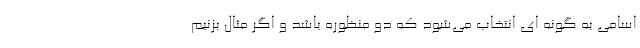
اسامی به گونه ای انتخاب می‌شود که دو منظوره باشد و اگر مثال بزنیم